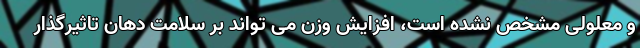
و معلولی مشخص نشده است، افزایش وزن می تواند بر سلامت دهان تاثیرگذار